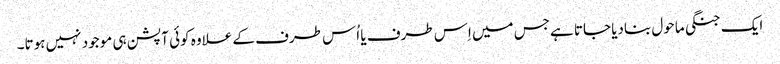
ایک جنگی ماحول بنادیا جاتا ہےجس میں اِس طرف یا اُس طرف کے علاوہ کوئی آپشن ہی موجود نہیں ہوتا۔